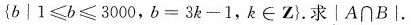
{ b │ 1 ≤ b ≤ 3 0 0 0$$，$$b = 3 k - 1$$，k \in Z}。求│A\cap B|。